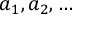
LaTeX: a _ { 1 } , a _ { 2 } , \dotsc